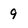
Character: 9